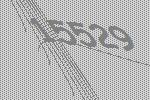
15529